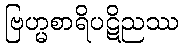
ဗြဟ္မစာရိပဋိညဿ